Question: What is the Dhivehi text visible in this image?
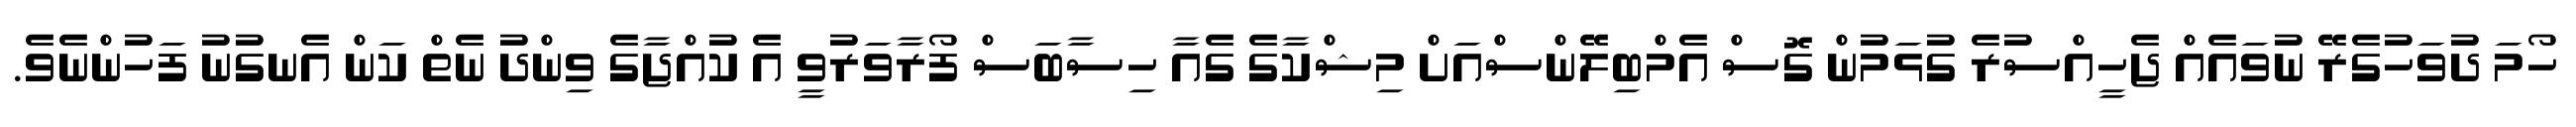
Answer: ހޯމަ ދުވަހުގެރޭ ނުވައެއް ޖެހީއްސުރެ ގުޅަމުން ގޮސް އެމްބިލޭންސްއަށް މިޝްކާގެ ގެއާ ހިސާބަސް ފޯރާވަރުވީ އެ ކުއްޖާގެ ވިންދު ނެތް ކަން އެނގުނު ފަހުންނެވެ.